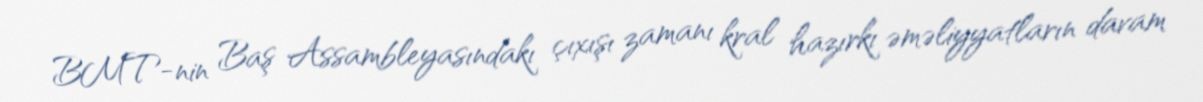
BMT-nin Baş Assambleyasındakı çıxışı zamanı kral hazırkı əməliyyatların davam